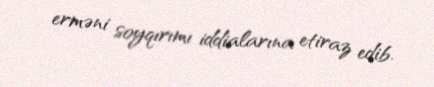
erməni soyqırımı iddialarına etiraz edib.